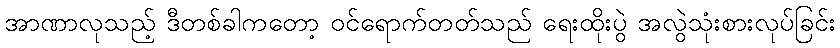
အာဏာလုသည့် ဒီတစ်ခါကတော့ ဝင်ရောက်တတ်သည် ရေးထိုးပွဲ အလွဲသုံးစားလုပ်ခြင်း